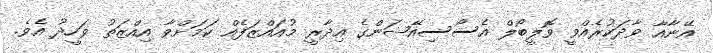
އޭނާއާ ވާދަކުރެއްވީ ވޮލީބޯލް އެސޯސިއޭޝަންގެ އިދާރީ މުއައްޒަފެއް ކަމަށްވާ އިއްޒަތު ވަހީދު އެވެ.